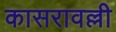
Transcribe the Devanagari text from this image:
कासरावल्ली